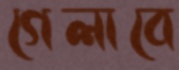
গেলাবে